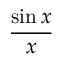
\frac { \sin x } { x }